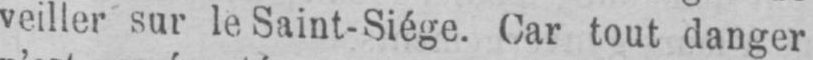
veiller sur le Saint-Siège. Car tout danger